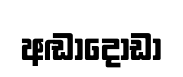
අඬාදොඩා